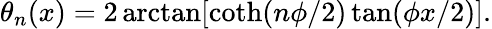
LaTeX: \theta_{n}(x)=2\arctan[\coth(n\phi/2)\tan(\phi x/2)].